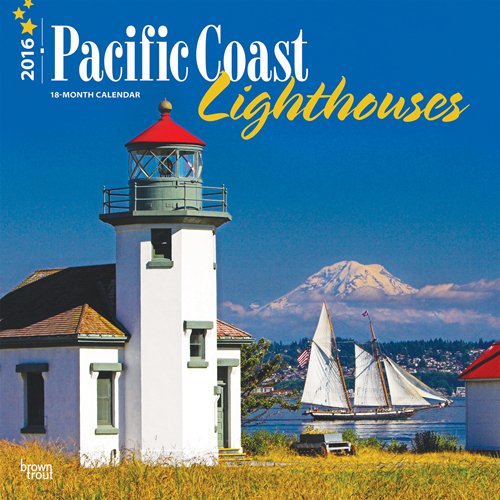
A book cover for Lighthouses, Pacific Coast 2016 Square 12x12; Browntrout Publishers; Calendars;